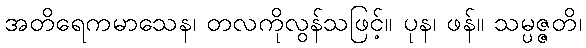
အတိရေကမာသေန၊ တလကိုလွန်သဖြင့်။ ပုန၊ ဖန်။ သမ္ပဇ္ဇတိ၊